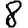
Digit: 8